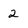
Character: 2